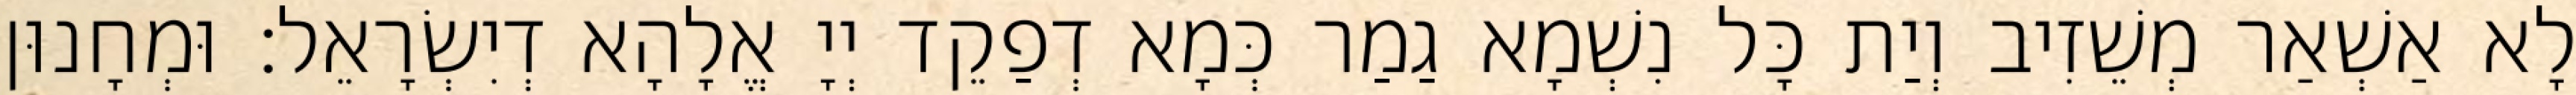
לָא אַשְׁאַר מְשֵׁזִיב וְיַת כָּל נִשְׁמָא גַמַר כְּמָא דְפַקֵד יְיָ אֱלָהָא דְיִשְׂרָאֵל׃ וּמְחָנוּן